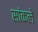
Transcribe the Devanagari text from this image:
सांकले